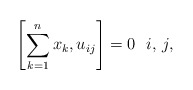
\begin{align*} \left[\sum_{k=1}^{n} x_k,u_{ij}\right] =0 \ \ i,\, j, \end{align*}